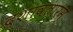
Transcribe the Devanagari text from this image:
दशावतारम्‌